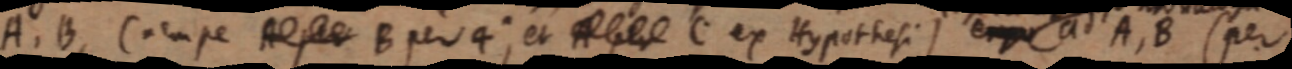
A, B, (nempe _ B per 4; et _ C ex Hypothesi) ergo ad A, B (per